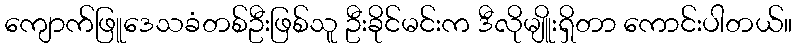
ကျောက်ဖြူဒေသခံတစ်ဦးဖြစ်သူ ဦးခိုင်မင်းက ဒီလိုမျိူးရှိတာ ကောင်းပါတယ်။